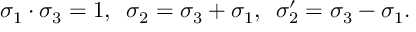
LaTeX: \sigma _ { 1 } \cdot \sigma _ { 3 } = 1 , \enspace \sigma _ { 2 } = \sigma _ { 3 } + \sigma _ { 1 } , \enspace \sigma _ { 2 } ^ { \prime } = \sigma _ { 3 } - \sigma _ { 1 } .